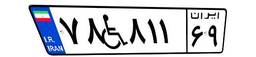
۷۸W۸۱۱۶۹